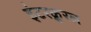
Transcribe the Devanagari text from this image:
इंटरक्रूरल